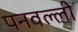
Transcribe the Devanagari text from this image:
पनवल्ली